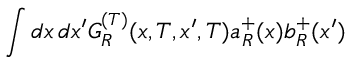
\int d x \, d x ^ { \prime } G _ { R } ^ { ( T ) } ( x , T , x ^ { \prime } , T ) a _ { R } ^ { + } ( x ) b _ { R } ^ { + } ( x ^ { \prime } )